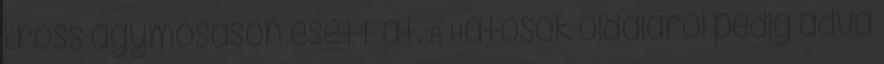
Cross agymosáson esett át. A Hatosok oldaláról pedig adva